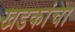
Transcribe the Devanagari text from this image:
खडकांचा